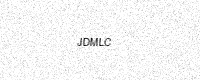
Text: JDMLC